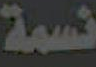
نسمة